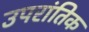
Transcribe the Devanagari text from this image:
उपरांतिक